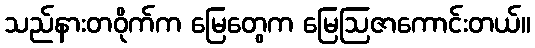
သည်နားတဝိုက်က မြေတွေက မြေဩဇာကောင်းတယ်။